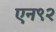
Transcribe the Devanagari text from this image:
एन९२